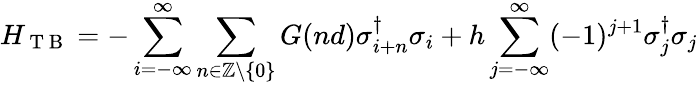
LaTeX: H_{\mathrm{~T~B~}}=-\sum_{i=-\infty}^{\infty}\sum_{n\in\mathbb{Z}\backslash\{ 0\} }G(nd)\sigma_{i+n}^{\dagger}\sigma_{i}+h\sum_{j=-\infty}^{\infty}(-1)^{j+1}\sigma_{j}^{\dagger}\sigma_{j}